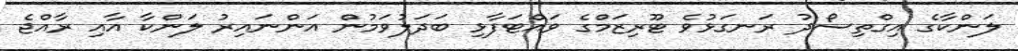
ލަންކާގެ އިގްތިސޯދު ރަނގަޅުވެ ޓޫރިޒަމްގެ ވައްޓަފާޅި ބަދަލުވަމުން އަންނައިރު ލަންކާ އާއި ރާއްޖެ